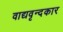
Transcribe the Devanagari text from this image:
वाद्यवृन्दकार